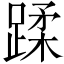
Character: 蹂